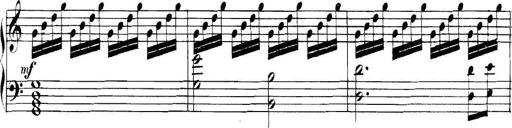
Title: Collected Piano Sonatas
Composer: Muzio Clementi